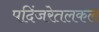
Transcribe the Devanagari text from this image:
पदिंजरेतलकल